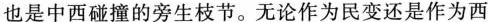
也是中西碰撞的旁生枝节。无论作为民变还是作为西